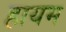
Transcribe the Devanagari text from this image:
हायम